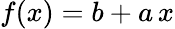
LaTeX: f(x)=b+a\, x